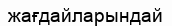
жағдайларындай